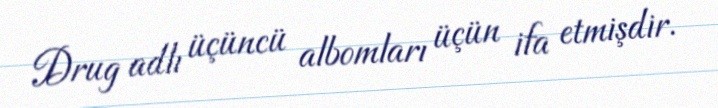
Drug adlı üçüncü albomları üçün ifa etmişdir.